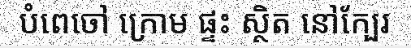
បំពេចៅ ក្រោម ផ្ទះ ស្ថិត នៅក្បែរ